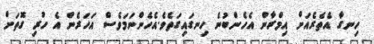
ހިނގާ އެތެރެއަށް އިމްރާން އެހެންބުނެ ހިނގައިގަތެވެ.އެހެންނަމަވެސް އަހަރެން އެ ހުރި ގޮތަށް